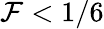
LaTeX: \mathcal{F}<1/6